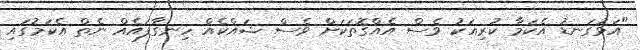
"އަޅުގަނޑު އެކަމާ ކުރިއަކު ވެސް އެއްގޮތަކަށް ވެސް ޝައްކެއް ހިނގާފައެއް ނެތް އެކަމުގައި